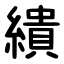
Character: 繢